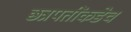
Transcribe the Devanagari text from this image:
छत्रपतींकडेच